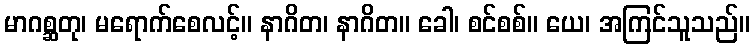
မာဂစ္ဆတု၊ မရောက်စေလင့်။ နာဂိတ၊ နာဂိတ။ ခေါ၊ စင်စစ်။ ယေ၊ အကြင်သူသည်။